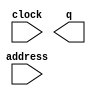
// megafunction wizard: %ROM: 1-PORT%VBB%
// GENERATION: STANDARD
// VERSION: WM1.0
// MODULE: altsyncram 

// ============================================================
// Megafunction Name(s):
// 			altsyncram
//
// Simulation Library Files(s):
// 			altera_mf
// ============================================================
// ************************************************************
// THIS IS A WIZARD-GENERATED FILE. DO NOT EDIT THIS FILE!
//
// 18.0.0 Build 614 04/24/2018 SJ Standard Edition
// ************************************************************

//Copyright (C) 2018  Intel Corporation. All rights reserved.
//Your use of Intel Corporation's design tools, logic functions 
//and other software and tools, and its AMPP partner logic 
//functions, and any output files from any of the foregoing 
//(including device programming or simulation files), and any 
//associated documentation or information are expressly subject 
//to the terms and conditions of the Intel Program License 
//Subscription Agreement, the Intel Quartus Prime License Agreement,
//the Intel FPGA IP License Agreement, or other applicable license
//agreement, including, without limitation, that your use is for
//the sole purpose of programming logic devices manufactured by
//Intel and sold by Intel or its authorized distributors.  Please
//refer to the applicable agreement for further details.

module incorrect5 (
	address,
	clock,
	q);

	input	[8:0]  address;
	input	  clock;
	output	[5:0]  q;
`ifndef ALTERA_RESERVED_QIS
// synopsys translate_off
`endif
	tri1	  clock;
`ifndef ALTERA_RESERVED_QIS
// synopsys translate_on
`endif

endmodule

// ============================================================
// CNX file retrieval info
// ============================================================
// Retrieval info: PRIVATE: ADDRESSSTALL_A NUMERIC "0"
// Retrieval info: PRIVATE: AclrAddr NUMERIC "0"
// Retrieval info: PRIVATE: AclrByte NUMERIC "0"
// Retrieval info: PRIVATE: AclrOutput NUMERIC "0"
// Retrieval info: PRIVATE: BYTE_ENABLE NUMERIC "0"
// Retrieval info: PRIVATE: BYTE_SIZE NUMERIC "8"
// Retrieval info: PRIVATE: BlankMemory NUMERIC "0"
// Retrieval info: PRIVATE: CLOCK_ENABLE_INPUT_A NUMERIC "0"
// Retrieval info: PRIVATE: CLOCK_ENABLE_OUTPUT_A NUMERIC "0"
// Retrieval info: PRIVATE: Clken NUMERIC "0"
// Retrieval info: PRIVATE: IMPLEMENT_IN_LES NUMERIC "0"
// Retrieval info: PRIVATE: INIT_FILE_LAYOUT STRING "PORT_A"
// Retrieval info: PRIVATE: INIT_TO_SIM_X NUMERIC "0"
// Retrieval info: PRIVATE: INTENDED_DEVICE_FAMILY STRING "Cyclone V"
// Retrieval info: PRIVATE: JTAG_ENABLED NUMERIC "0"
// Retrieval info: PRIVATE: JTAG_ID STRING "NONE"
// Retrieval info: PRIVATE: MAXIMUM_DEPTH NUMERIC "0"
// Retrieval info: PRIVATE: MIFfilename STRING "./mifs/incorrect5.mif"
// Retrieval info: PRIVATE: NUMWORDS_A NUMERIC "512"
// Retrieval info: PRIVATE: RAM_BLOCK_TYPE NUMERIC "0"
// Retrieval info: PRIVATE: RegAddr NUMERIC "1"
// Retrieval info: PRIVATE: RegOutput NUMERIC "1"
// Retrieval info: PRIVATE: SYNTH_WRAPPER_GEN_POSTFIX STRING "0"
// Retrieval info: PRIVATE: SingleClock NUMERIC "1"
// Retrieval info: PRIVATE: UseDQRAM NUMERIC "0"
// Retrieval info: PRIVATE: WidthAddr NUMERIC "9"
// Retrieval info: PRIVATE: WidthData NUMERIC "6"
// Retrieval info: PRIVATE: rden NUMERIC "0"
// Retrieval info: LIBRARY: altera_mf altera_mf.altera_mf_components.all
// Retrieval info: CONSTANT: ADDRESS_ACLR_A STRING "NONE"
// Retrieval info: CONSTANT: CLOCK_ENABLE_INPUT_A STRING "BYPASS"
// Retrieval info: CONSTANT: CLOCK_ENABLE_OUTPUT_A STRING "BYPASS"
// Retrieval info: CONSTANT: INIT_FILE STRING "./mifs/incorrect5.mif"
// Retrieval info: CONSTANT: INTENDED_DEVICE_FAMILY STRING "Cyclone V"
// Retrieval info: CONSTANT: LPM_HINT STRING "ENABLE_RUNTIME_MOD=NO"
// Retrieval info: CONSTANT: LPM_TYPE STRING "altsyncram"
// Retrieval info: CONSTANT: NUMWORDS_A NUMERIC "512"
// Retrieval info: CONSTANT: OPERATION_MODE STRING "ROM"
// Retrieval info: CONSTANT: OUTDATA_ACLR_A STRING "NONE"
// Retrieval info: CONSTANT: OUTDATA_REG_A STRING "CLOCK0"
// Retrieval info: CONSTANT: WIDTHAD_A NUMERIC "9"
// Retrieval info: CONSTANT: WIDTH_A NUMERIC "6"
// Retrieval info: CONSTANT: WIDTH_BYTEENA_A NUMERIC "1"
// Retrieval info: USED_PORT: address 0 0 9 0 INPUT NODEFVAL "address[8..0]"
// Retrieval info: USED_PORT: clock 0 0 0 0 INPUT VCC "clock"
// Retrieval info: USED_PORT: q 0 0 6 0 OUTPUT NODEFVAL "q[5..0]"
// Retrieval info: CONNECT: @address_a 0 0 9 0 address 0 0 9 0
// Retrieval info: CONNECT: @clock0 0 0 0 0 clock 0 0 0 0
// Retrieval info: CONNECT: q 0 0 6 0 @q_a 0 0 6 0
// Retrieval info: GEN_FILE: TYPE_NORMAL incorrect5.v TRUE
// Retrieval info: GEN_FILE: TYPE_NORMAL incorrect5.inc FALSE
// Retrieval info: GEN_FILE: TYPE_NORMAL incorrect5.cmp FALSE
// Retrieval info: GEN_FILE: TYPE_NORMAL incorrect5.bsf FALSE
// Retrieval info: GEN_FILE: TYPE_NORMAL incorrect5_inst.v FALSE
// Retrieval info: GEN_FILE: TYPE_NORMAL incorrect5_bb.v TRUE
// Retrieval info: LIB_FILE: altera_mf